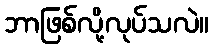
ဘာဖြစ်လို့လုပ်သလဲ။